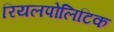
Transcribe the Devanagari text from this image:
रियलपोलिटिक